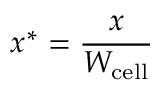
x ^ { * } = \frac { x } { W _ { \mathrm { c e l l } } }